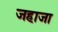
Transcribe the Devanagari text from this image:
जहाजा